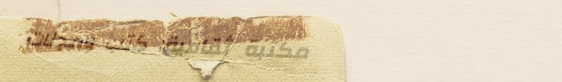
مكتبة ثقافية: كتب ومجلات